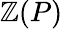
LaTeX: \mathbb{Z}(P)